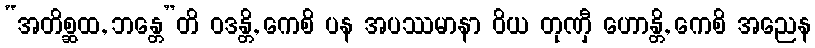
“အတိစ္ဆထ, ဘန္တေ”တိ ဝဒန္တိ, ကေစိ ပန အပဿမာနာ ဝိယ တုဏှီ ဟောန္တိ, ကေစိ အညေန